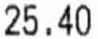
25.40